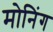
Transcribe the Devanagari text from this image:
मोनिंग